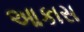
આકાસ